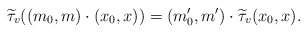
\begin{align*}\widetilde{\tau}_v ( (m_0,m) \cdot (x_0,x))=(m_0',m') \cdot \widetilde{\tau}_v (x_0,x ).\end{align*}